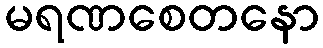
မရဏစေတနော